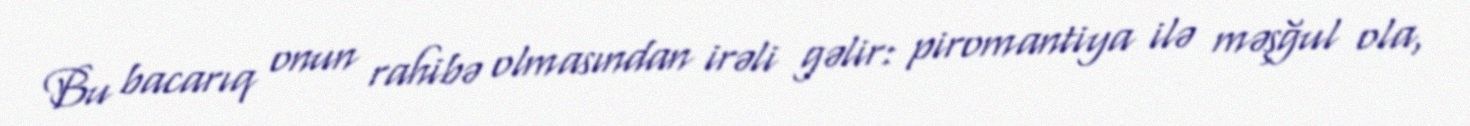
Bu bacarıq onun rahibə olmasından irəli gəlir: piromantiya ilə məşğul ola,